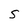
Character: S